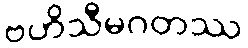
ဗဟိသီမဂတဿ